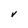
Character: v